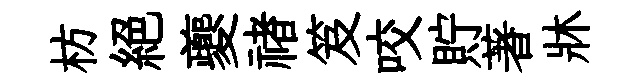
枋絶夔禇笈咬貯著牀